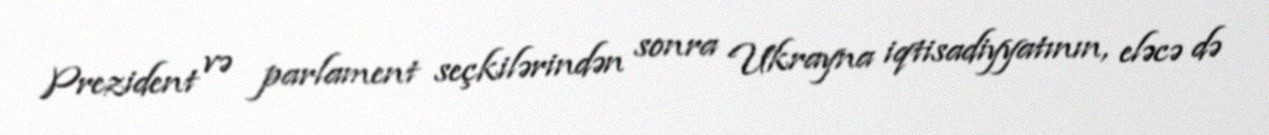
Prezident və parlament seçkilərindən sonra Ukrayna iqtisadiyyatının, eləcə də